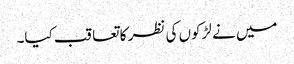
میں نے لڑکوں کی نظر کا تعاقب کیا۔